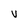
Character: V